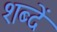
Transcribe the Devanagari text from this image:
शब्दें